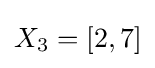
X_{3}=[2,7]